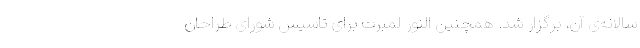
سالانه‌ی آن، برگزار شد. همچنین النور لمبرت برای تاسیس شورای طراحان